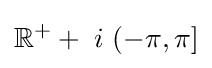
\mathbb {R} ^{+}+\;i\,\left(-\pi ,\pi \right]